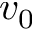
v _ { 0 }